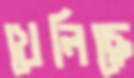
খেলিছে